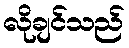
လိုချင်သည်